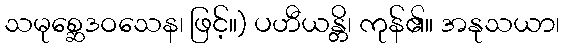
သမုစ္ဆေဒဝသေန၊ ဖြင့်။) ပဟီယန္တိ၊ ကုန်၏။ အနုသယာ၊